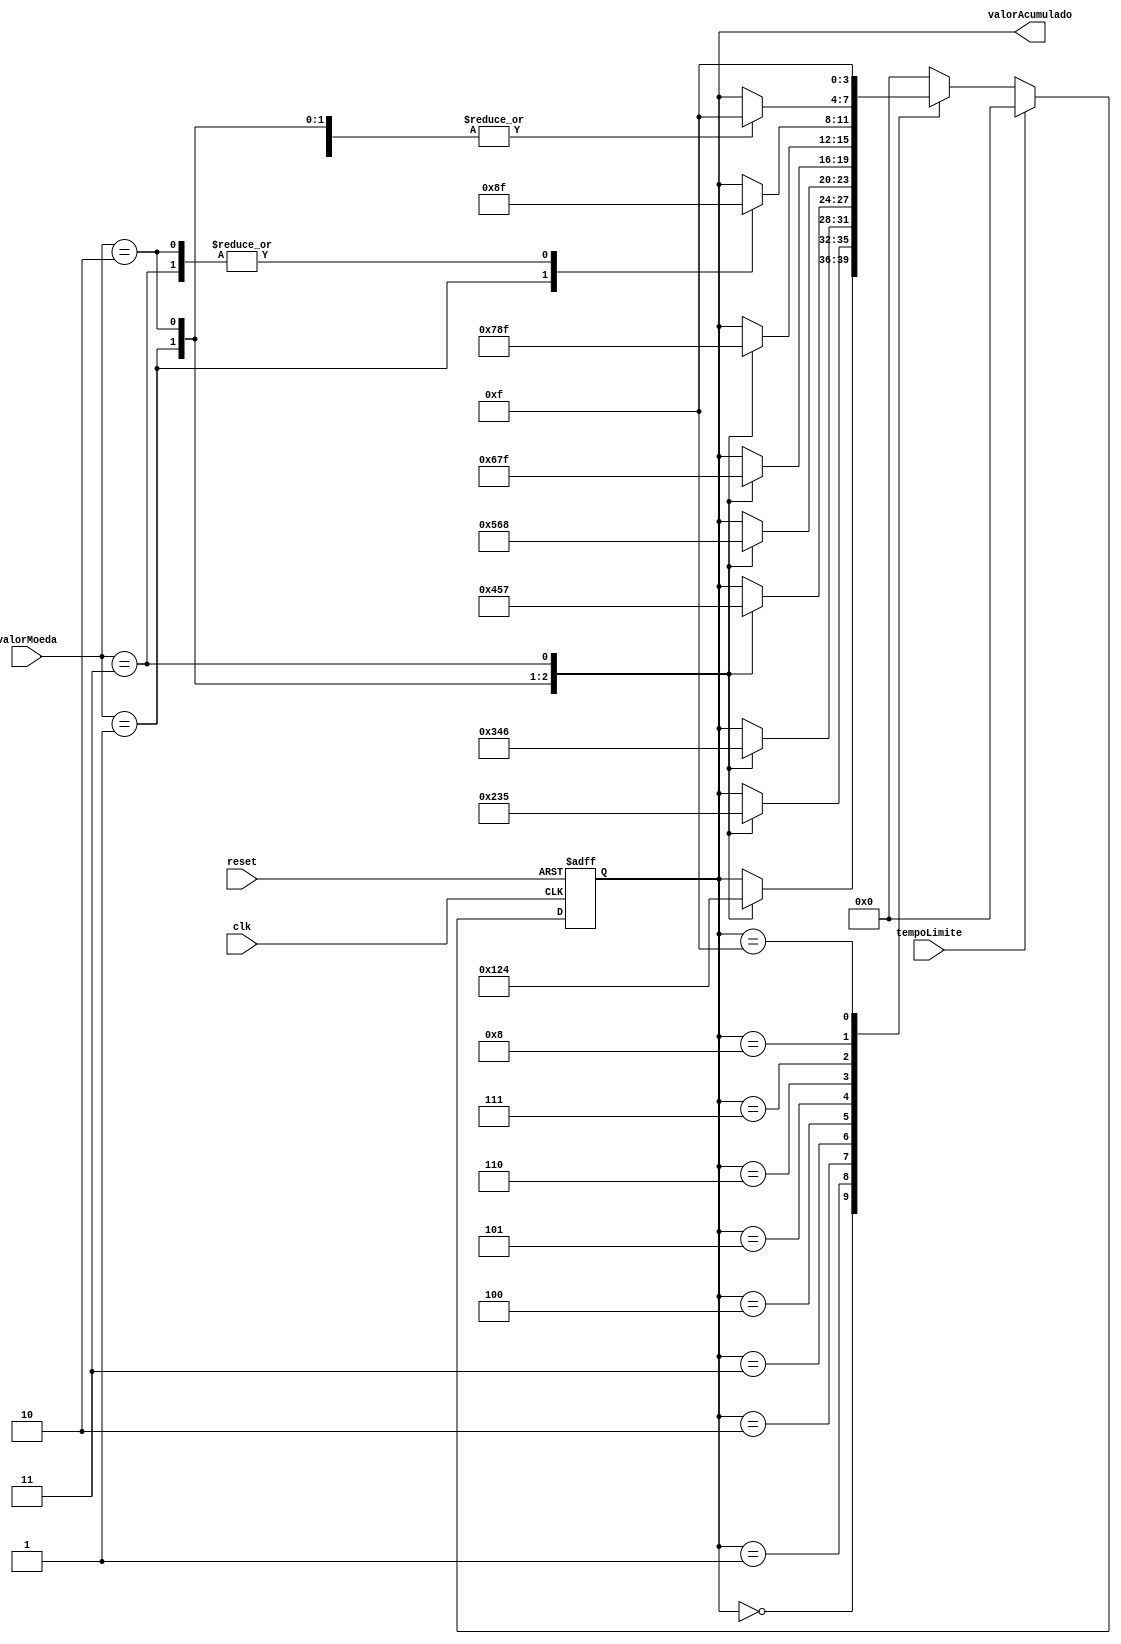
module acumulador(input wire clk, input wire reset, input wire tempoLimite, 
input wire [1:0] valorMoeda, output reg [3:0] valorAcumulado);

    reg [3:0] estadoAtual, proxEstado;

    localparam E0_00 = 4'b0000,   //0,00 - Estado Inicial
               E0_25 = 4'b0001,   //0,25
               E0_50 = 4'b0010,   //0,50
               E0_75 = 4'b0011,   //0,75
               E1_00 = 4'b0100,   //1,00
               E1_25 = 4'b0101,   //1,25
               E1_50 = 4'b0110,   //1,50
               E1_75 = 4'b0111,   //1,75
               E2_00 = 4'b1000,   //2,00
					EX   = 4'b1111,

               // Valor Moedas
               M0_25 = 2'b01,
               M0_50 = 2'b10,
               M1_00 = 2'b11,


               //Estados Invlidos

					E_INV1 = 4'b1001,
               E_INV2 = 4'b1010,
               E_INV3 = 4'b1011,
               E_INV4 = 4'b1100,
               E_INV5 = 4'b1101,
               E_INV6 = 4'b1110;
               


    always @(posedge clk or posedge reset) begin   // atualizao do estado
		if(reset)
			estadoAtual <= E0_00;
		else
        estadoAtual <= proxEstado;
    end
	 
	 
	 
	 
	 always @(estadoAtual or valorMoeda or tempoLimite) begin //Lgica de transio de estado
			if(tempoLimite)
				proxEstado <= E0_00;
			else begin
				case(estadoAtual)
					E0_00: begin
						 case (valorMoeda)
						 M0_25 : proxEstado <= E0_25;  
						 M0_50 : proxEstado <= E0_50;  
						 M1_00 : proxEstado <= E1_00;
						 default: proxEstado <= estadoAtual;
					  endcase
					end
					E0_25: begin
						 case (valorMoeda)
						 M0_25 : proxEstado <= E0_50;  
						 M0_50 : proxEstado <= E0_75;  
						 M1_00 : proxEstado <= E1_25; 
						 default: proxEstado <= estadoAtual;
						 endcase
					end

					E0_50: begin
						 case (valorMoeda)
						 M0_25 : proxEstado <= E0_75;  
						 M0_50 : proxEstado <= E1_00;  
						 M1_00 : proxEstado <= E1_50; 
						 default: proxEstado <= estadoAtual;
						 endcase
					end

					E0_75: begin
						 case (valorMoeda)
						 M0_25 : proxEstado <= E1_00;  
						 M0_50:  proxEstado <= E1_25;  
						 M1_00 : proxEstado <= E1_75; 
						 default: proxEstado <= estadoAtual;
						 endcase
					end

					E1_00: begin
						case (valorMoeda)
						 M0_25 : proxEstado <= E1_25;  
						 M0_50 : proxEstado <= E1_50;  
						 M1_00 : proxEstado <= E2_00; 
						 default: proxEstado <= estadoAtual;
						 endcase
					end

					E1_25: begin
						case (valorMoeda)
						 M0_25 : proxEstado <= E1_50;  
						 M0_50 : proxEstado <= E1_75;  
						 M1_00 : proxEstado <= EX; 
						 default: proxEstado <= estadoAtual;
						 endcase
					end


					E1_50: begin
						case (valorMoeda)
						 M0_25 : proxEstado <= E1_75;  
						 M0_50 : proxEstado <= E2_00;  
						 M1_00 : proxEstado <= EX; 
						 default: proxEstado <= estadoAtual;
						 endcase
					end

					E1_75: begin
						case (valorMoeda)
						 M0_25 : proxEstado <= E2_00;  
						 M0_50 : proxEstado <= EX;  
						 M1_00 : proxEstado <= EX;
						 default: proxEstado <= estadoAtual; 
						 endcase
					end

					E2_00: begin
						case (valorMoeda)
						 M0_25 : proxEstado <= EX;  
						 M0_50 : proxEstado <= EX;  
						 M1_00 : proxEstado <= EX; 
						 default: proxEstado <= estadoAtual;
						 endcase
					end
					EX: begin
						proxEstado <= EX;
					end
					default: proxEstado <= E0_00; //Estado Invlidos
				endcase
		  end
    end
	 
	 
	 always @(estadoAtual)
			valorAcumulado <= estadoAtual;


			
		
	 
	 
              
endmodule